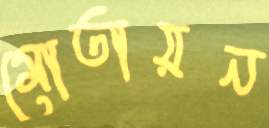
মোতায়ন